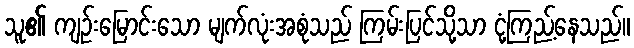
သူ၏ ကျဉ်းမြောင်းသော မျက်လုံးအစုံသည် ကြမ်းပြင်သို့သာ ငုံ့ကြည့်နေသည်။